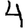
Digit: 4